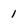
Character: 1